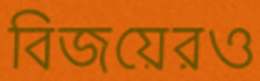
বিজয়েরও